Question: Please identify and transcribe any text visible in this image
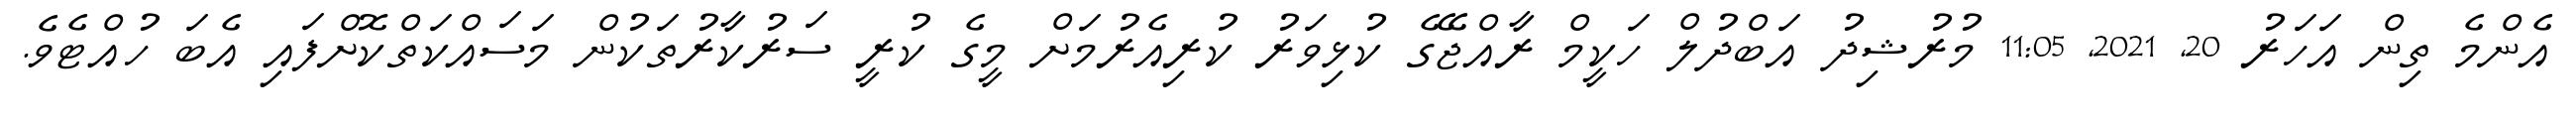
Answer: އެންމެ ތިން އަހަރު 20, 2021, 11:05 މުރުޝިދު އަބްދުލް ހަކީމް ރާއްޖޭގެ ކުޅިވަރު ކުރިއެރުމަށް މީގެ ކުރީ ސަރުކާރުތަކުން މަސައްކަތްކޮށްފައި އެބަ ހުއްޓެވެ.